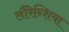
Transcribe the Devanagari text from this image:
लौरेन्शिया